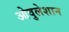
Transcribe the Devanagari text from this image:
ओवुलेशान